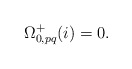
\begin{align*}\Omega^{+}_{0,pq}(i)=0.\end{align*}